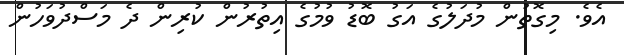
އެވެ. މިގޮތުން މުދަލުގެ އަގު ބޮޑު ވުމުގެ އިތުރުން ކުރިން ދެ މަސްދުވަހުން